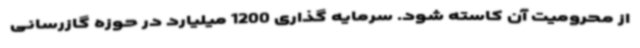
از محرومیت آن کاسته شود. سرمایه گذاری 1200 میلیارد در حوزه گازرسانی